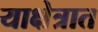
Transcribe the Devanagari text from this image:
याक्षेत्रात